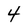
Character: 4